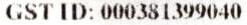
GST ID: 000381399040